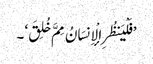
’فَلْیَنظُرِ الْإِنسَانُ مِمَّ خُلِقَ‘۔